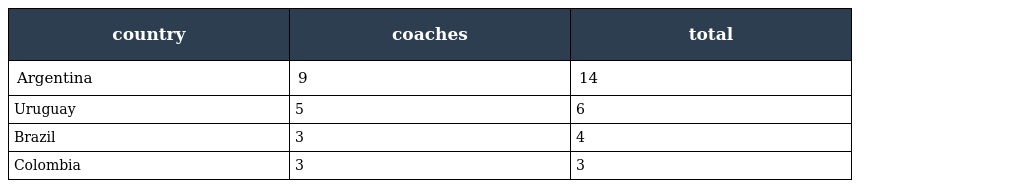
| country | coaches | total |
 | --- | --- | --- |
 | Argentina | 9 | 14 |
 | Uruguay | 5 | 6 |
 | Brazil | 3 | 4 |
 | Colombia | 3 | 3 |